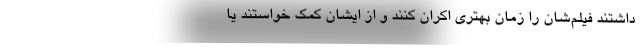
داشتند فیلم‌شان را زمان بهتری اکران کنند و از ایشان کمک خواستند یا